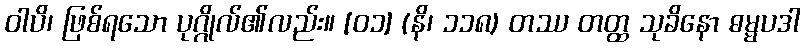
ဝါပိ၊ ဖြစ်ရသော ပုဂ္ဂိုလ်၏လည်း။ [၀၁] (နိ၊ ၁၁၈) တဿ တတ္ထ သုခိနော ဓမ္မပဒါ